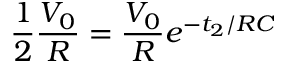
\frac { 1 } { 2 } \frac { V _ { 0 } } { R } = \frac { V _ { 0 } } { R } e ^ { - t _ { 2 } / R C }